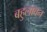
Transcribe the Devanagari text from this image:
बहुलावन